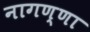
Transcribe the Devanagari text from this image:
नागण्णा